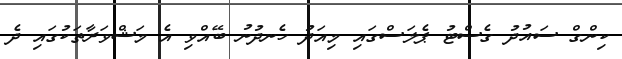
ކިންގް ސައުދު ގެސްޓު ޕެލަސްގައި މިއަދު ހެނދުނު ބޭއްވި އެ މަޝްވަރާތަކުގައި ދެ